Civil Veterinary Department Bihar & Orissa reports 1929-36 - 1929-1936
Year: 1929
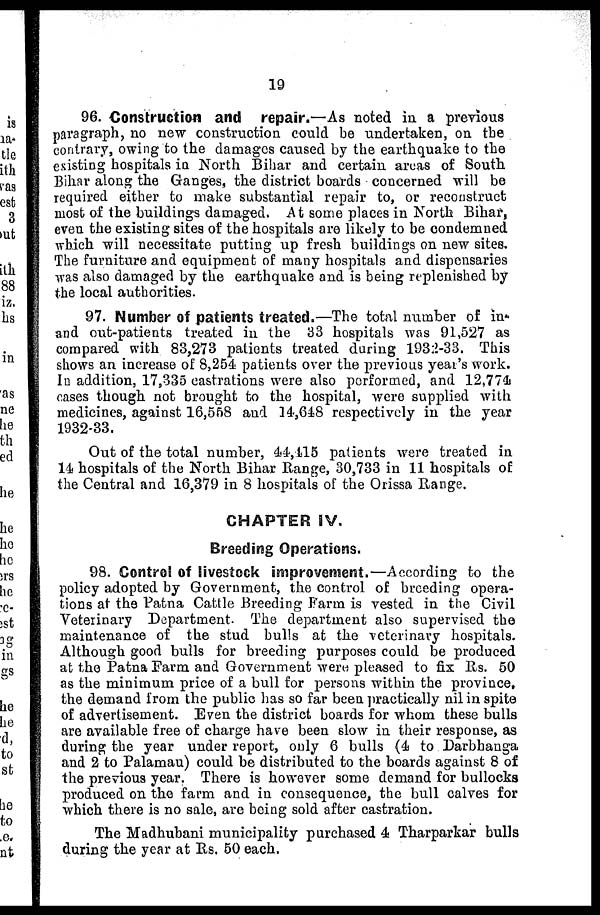
19
96. Construction and repair.—As noted in a previous
paragraph, no new construction could be undertaken, on the
contrary, owing to the damages caused by the earthquake to the
existing hospitals in North Bihar and certain areas of South
Bihar along the Ganges, the district boards concerned will be
required either to make substantial repair to, or reconstruct
most of the buildings damaged. At some places in North Bihar,
even the existing sites of the hospitals are likely to be condemned
which will necessitate putting up fresh buildings on new sites.
The furniture and equipment of many hospitals and dispensaries
was also damaged by the earthquake and is being replenished by
the local authorities.
97. Number of patients treated.—The total number of in-
and out-patients treated in the 33 hospitals was 91,527 as
compared with 83,273 patients treated during 193:2-33. This
shows an increase of 8,254 patients over the previous year's work.
In addition, 17,335 castrations were also performed, and 12,774
oases though not brought to the hospital, were supplied with
medicines, against 16,558 and 14,648 respectively in the year
1932-33.
Out of the total number, 44,415 patients were treated in
14 hospitals of the North Bihar Range, 30,733 in 11 hospitals of
the Central and 16,379 in 8 hospitals of the Orissa Range.
CHAPTER IV.
Breeding Operations.
98. Control of livestock improvement.—According to the
policy adopted by Government, the control of breeding opera-
tions at the Patna Cattle Breeding Farm is vested in the Civil
Veterinary Department. The department also supervised the
maintenance of the stud bulls at the veterinary hospitals.
Although good bulls for breeding purposes could be produced
at the Patna Farm and Government were pleased to fix Rs. 50
as the minimum price of a bull for persons within the province,
the demand from the public has so far been practically nil in spite
of advertisement. Even the district boards for whom these bulls
are available free of charge have been slow in their response, as
during the year under report, only 6 bulls (4 to Darbhanga
and 2 to Palamau) could be distributed to the boards against 8 of
the previous year. There is however some demand for bullocks
produced on the farm and in consequence, the bull calves for
which there is no sale, are being sold after castration.
The Madhubani municipality purchased 4 Tharparkar bulls
during the year at Rs. 50 each.